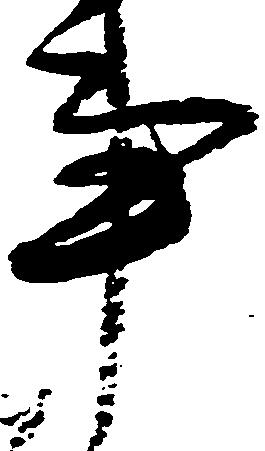
事